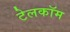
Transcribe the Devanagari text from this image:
टेलकॉम